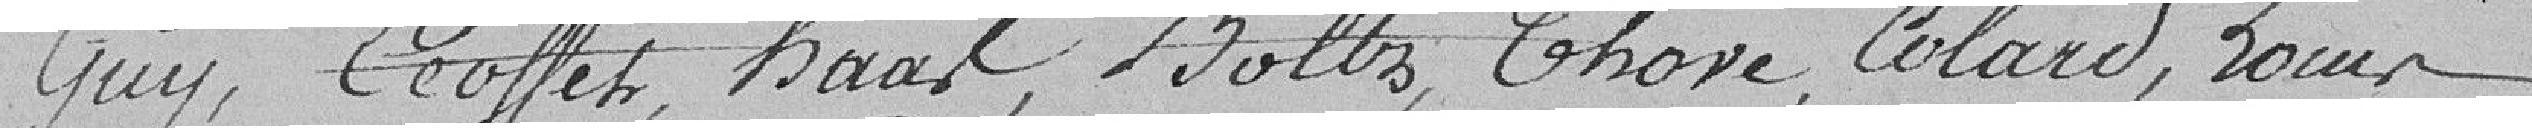
Guy, Ecoffet, Haast, Boltz, Thové, Colard, Louis